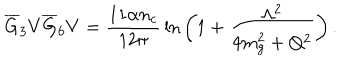
\overline { { G } } _ { 3 } V \overline { { G } } _ { 6 } V = { \frac { 1 1 \alpha n _ { c } } { 1 2 \pi } } \ln { \bigg ( 1 + { \frac { \Lambda ^ { 2 } } { 4 m _ { g } ^ { 2 } + Q ^ { 2 } } } \bigg ) } \, .